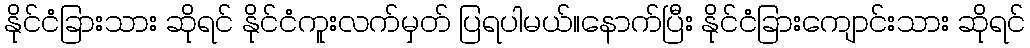
နိုင်ငံခြားသား ဆိုရင် နိုင်ငံကူးလက်မှတ် ပြရပါမယ်။နောက်ပြီး နိုင်ငံခြားကျောင်းသား ဆိုရင်